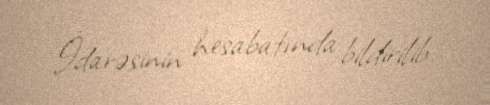
İdarəsinin hesabatında bildirilib.